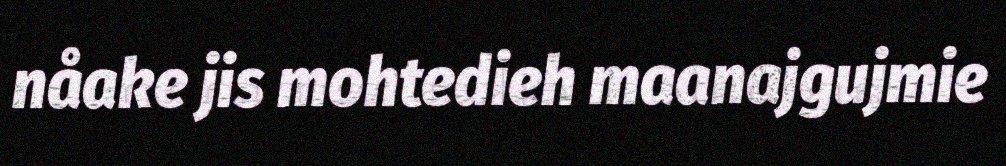
nåake jis mohtedieh maanajgujmie